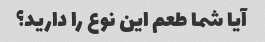
آیا شما طعم این نوع را دارید؟